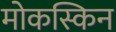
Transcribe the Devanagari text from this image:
मोकस्किन